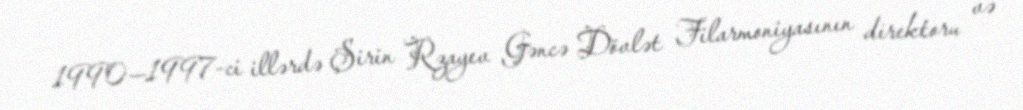
1990—1997-ci illərdə Şirin Rzayev Gəncə Dövlət Filarmoniyasının direktoru və